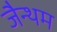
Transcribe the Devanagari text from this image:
जैन्थम